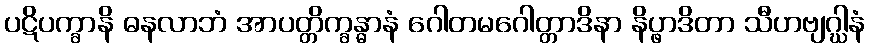
ပဋိပက္ခာနိ ဓနလာဘံ အာပတ္တိက္ခန္ဓာနံ ဂေါတမဂေါတ္တာဒိနာ နိပ္ဖာဒိတာ သီဟဗျဂ္ဃါနံ